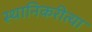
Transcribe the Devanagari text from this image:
स्थानिकरीत्या